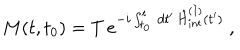
LaTeX: M ( t , t _ { 0 } ) = T \, e ^ { - i \int _ { t _ { 0 } } ^ { t } \, d t ^ { \prime } \, \hat { H } _ { \mathrm { i n t } } ^ { ( I ) } ( t ^ { \prime } ) } \ ,